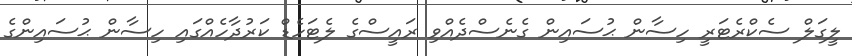
ލީގަލް ސެކްރެޓަރީ ހިސާން ޙުސައިން ގެނެސްދެއްވި ރައީސްގެ ލެޓަހެޑް ކަރުދާހެއްގައި ހިސާން ޙުސައިންގެ